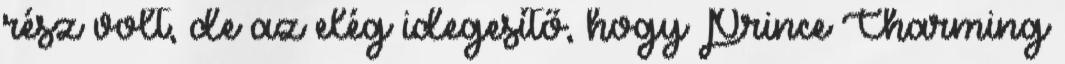
rész volt, de az elég idegesítő, hogy Prince Charming